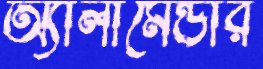
অ্যালামেন্ডার